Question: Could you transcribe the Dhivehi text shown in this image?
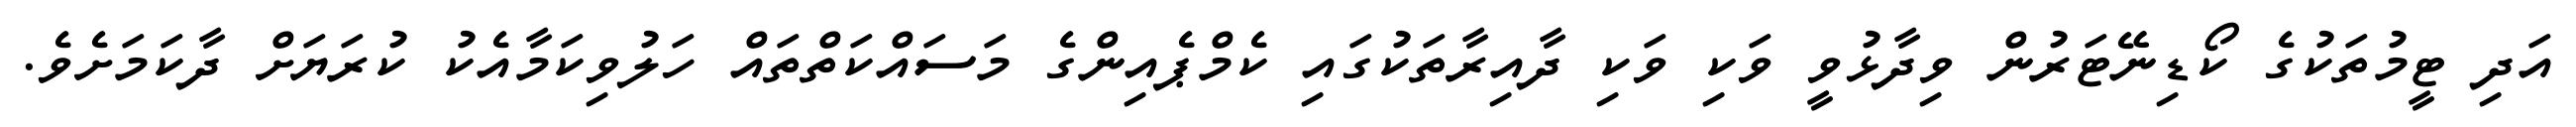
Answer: އަދި ޓީމުތަކުގެ ކޯޑިނޭޓަރުން ވިދާޅުވީ ވަކި ވަކި ދާއިރާތަކުގައި ކެމްޕެއިންގެ މަސައްކަތްތައް ހަލުވިކަމާއެކު ކުރަޔަށް ދާކަމަށެވެ.